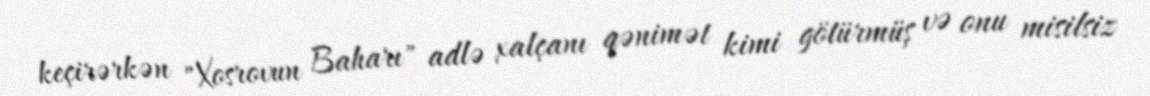
keçirərkən "Xosrovun Baharı" adlə xalçanı qənimət kimi götürmüş və onu misilsiz